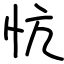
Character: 忼